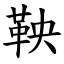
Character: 鞅